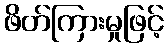
ဖိတ်ကြားမှုဖြင့်